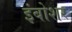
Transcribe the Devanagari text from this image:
इंबोशर